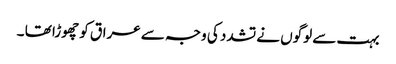
بہت سے لوگوں نے تشدد کی وجہ سے عراق کو چھوڑا تھا ۔